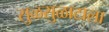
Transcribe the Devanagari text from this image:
सुळसुळाटाला